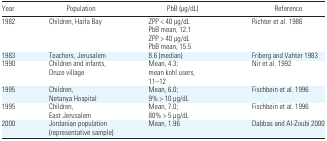
| Year | Population | PbB (μg/dL) | Reference |
 | --- | --- | --- | --- |
 | 1982 | Children, Haifa Bay | ZPP < 40 μg/dLPbB mean, 12.1 ZPP > 40 μg/dLPbB mean, 15.5 | Richter et al. 1986 |
 | 1983 | Teachers, Jerusalem | 8.6 (median) | Friberg and Vahter 1983 |
 | 1990 | Children and infants, Druze village | Mean, 4.3; mean kohl users, 11–12 | Nir et al. 1992 |
 | 1995 | Children, Netanya Hospital | Mean, 6.0;9% > 10 μg/dL | Fischbein et al. 1996 |
 | 1995 | Children, East Jerusalem | Mean, 7.0; 80% > 5 μg/dL | Fischbein et al. 1996 |
 | 2000 | Jordanian population (representative sample) | Mean, 1.96 | Dabbas and Al-Zoubi 2000 |